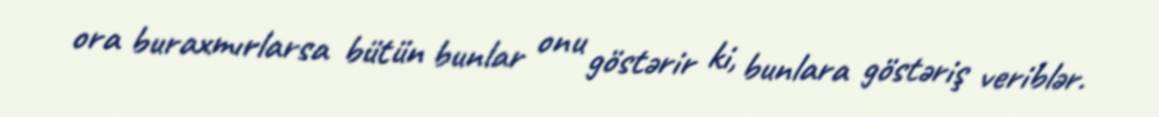
ora buraxmırlarsa bütün bunlar onu göstərir ki, bunlara göstəriş veriblər.